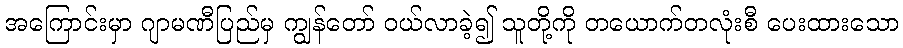
အကြောင်းမှာ ဂျာမဏီပြည်မှ ကျွန်တော် ဝယ်လာခဲ့၍ သူတို့ကို တယောက်တလုံးစီ ပေးထားသော